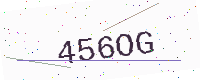
Text: 456OG